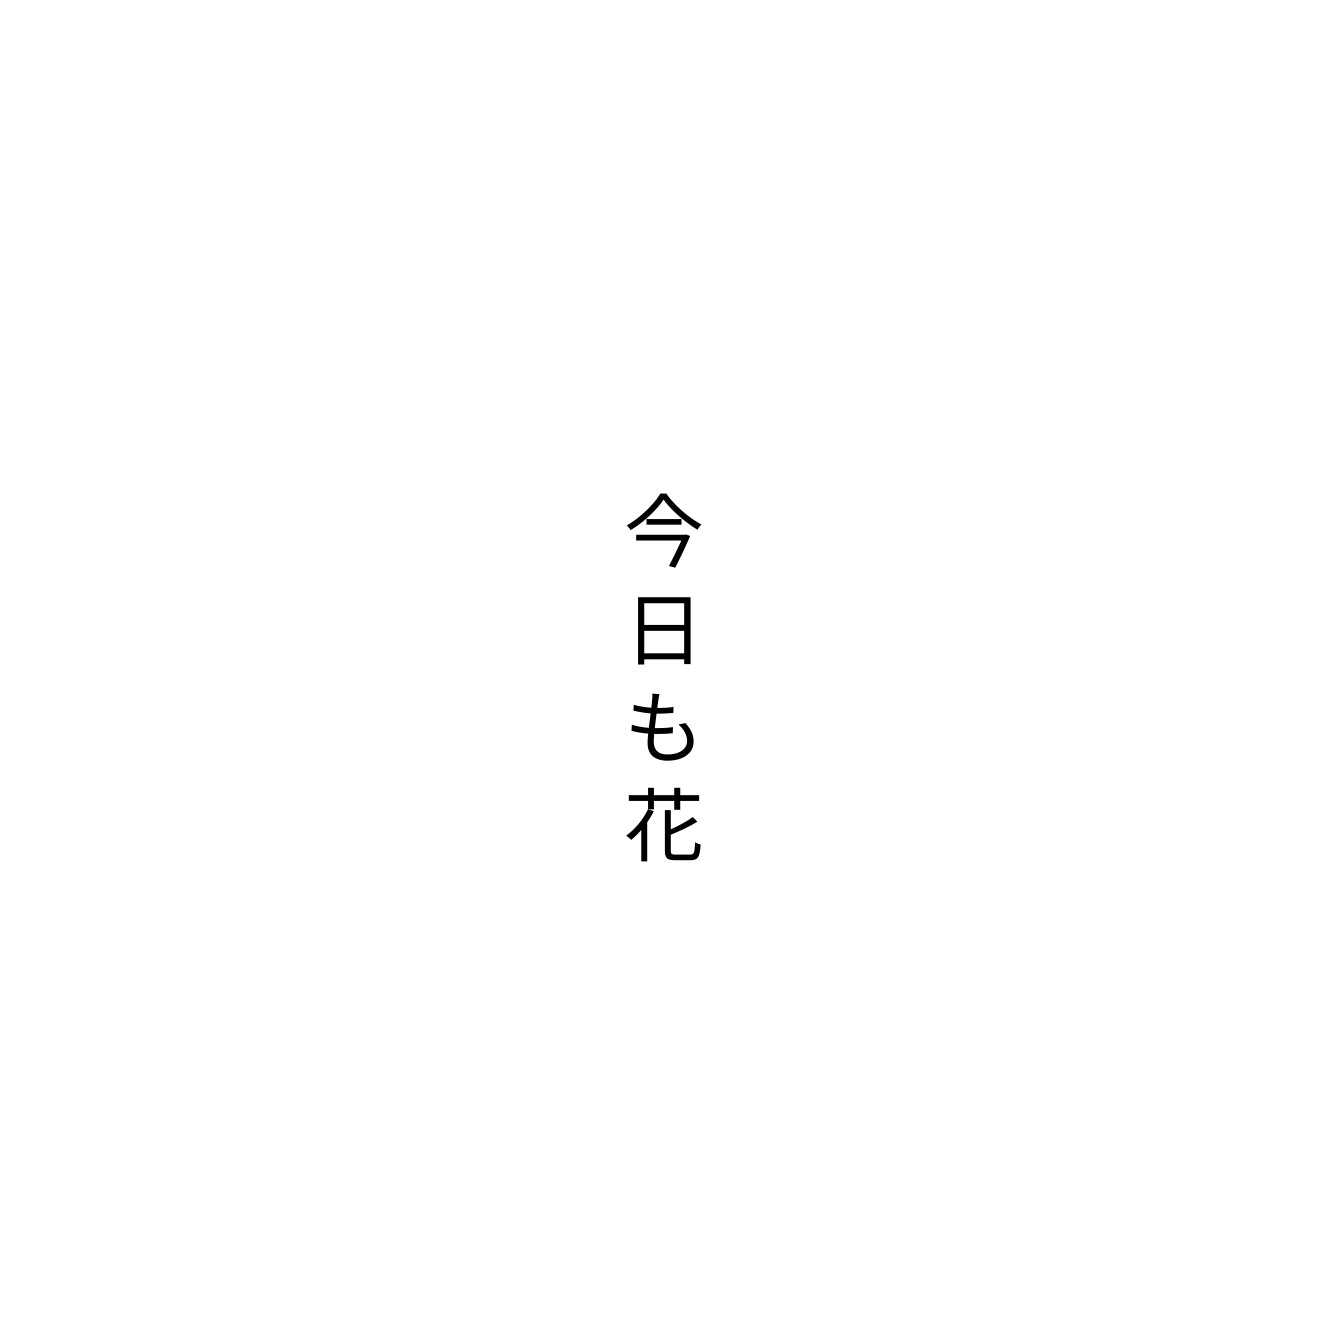
今日も花